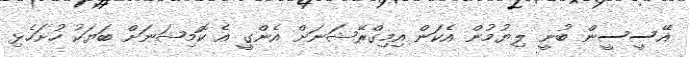
އޭސީސީން ބުނީ ލިޔުމުން އެކަން އިމިގްރޭޝަނަށް އެންގީ އެ ކޮމިޝަނަށް ބަޔަކު ހުށަހެޅި